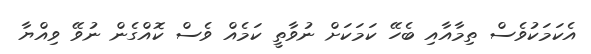
އެކަމަކުވެސް ތިމާއާއި ބެހޭ ކަމަކަށް ނުވާތީ ކަމެއް ވެސް ކޮއްގެން ނުވޭ ވިއްޔާ